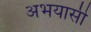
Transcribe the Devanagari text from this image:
अभयासी